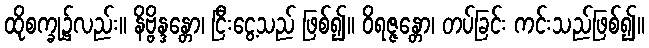
ထိုစက္ခု၌လည်း။ နိဗ္ဗိန္ဒန္တော၊ ငြီးငွေ့သည် ဖြစ်၍။ ဝိရဇ္ဇန္တော၊ တပ်ခြင်း ကင်းသည်ဖြစ်၍။